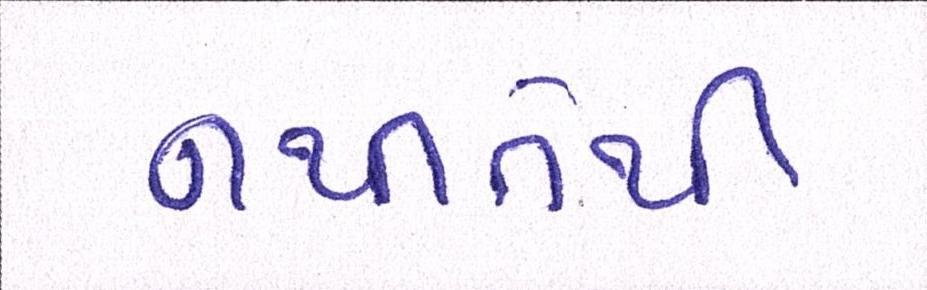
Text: નથીતેથી